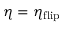
\eta = \eta _ { \mathrm { f l i p } }